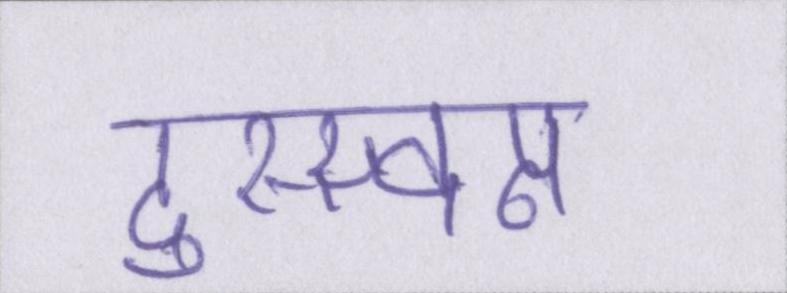
दुस्स्वप्न